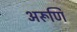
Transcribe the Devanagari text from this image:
अरूणि